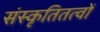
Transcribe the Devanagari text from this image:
संस्कृतितत्वों